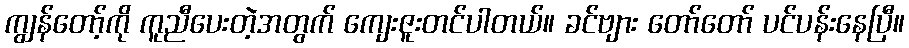
ကျွန်တော့်ကို ကူညီပေးတဲ့အတွက် ကျေးဇူးတင်ပါတယ်။ ခင်ဗျား တော်တော် ပင်ပန်းနေပြီ။